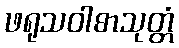
ဖရုသဝါစာသုတ္တံ